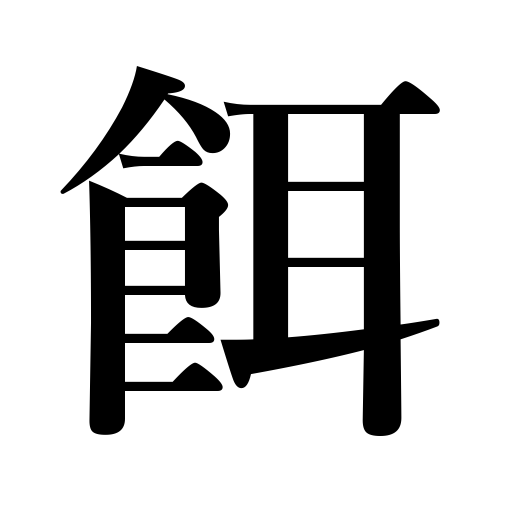
Meanings: food,prey,feed,tempting profit,bait